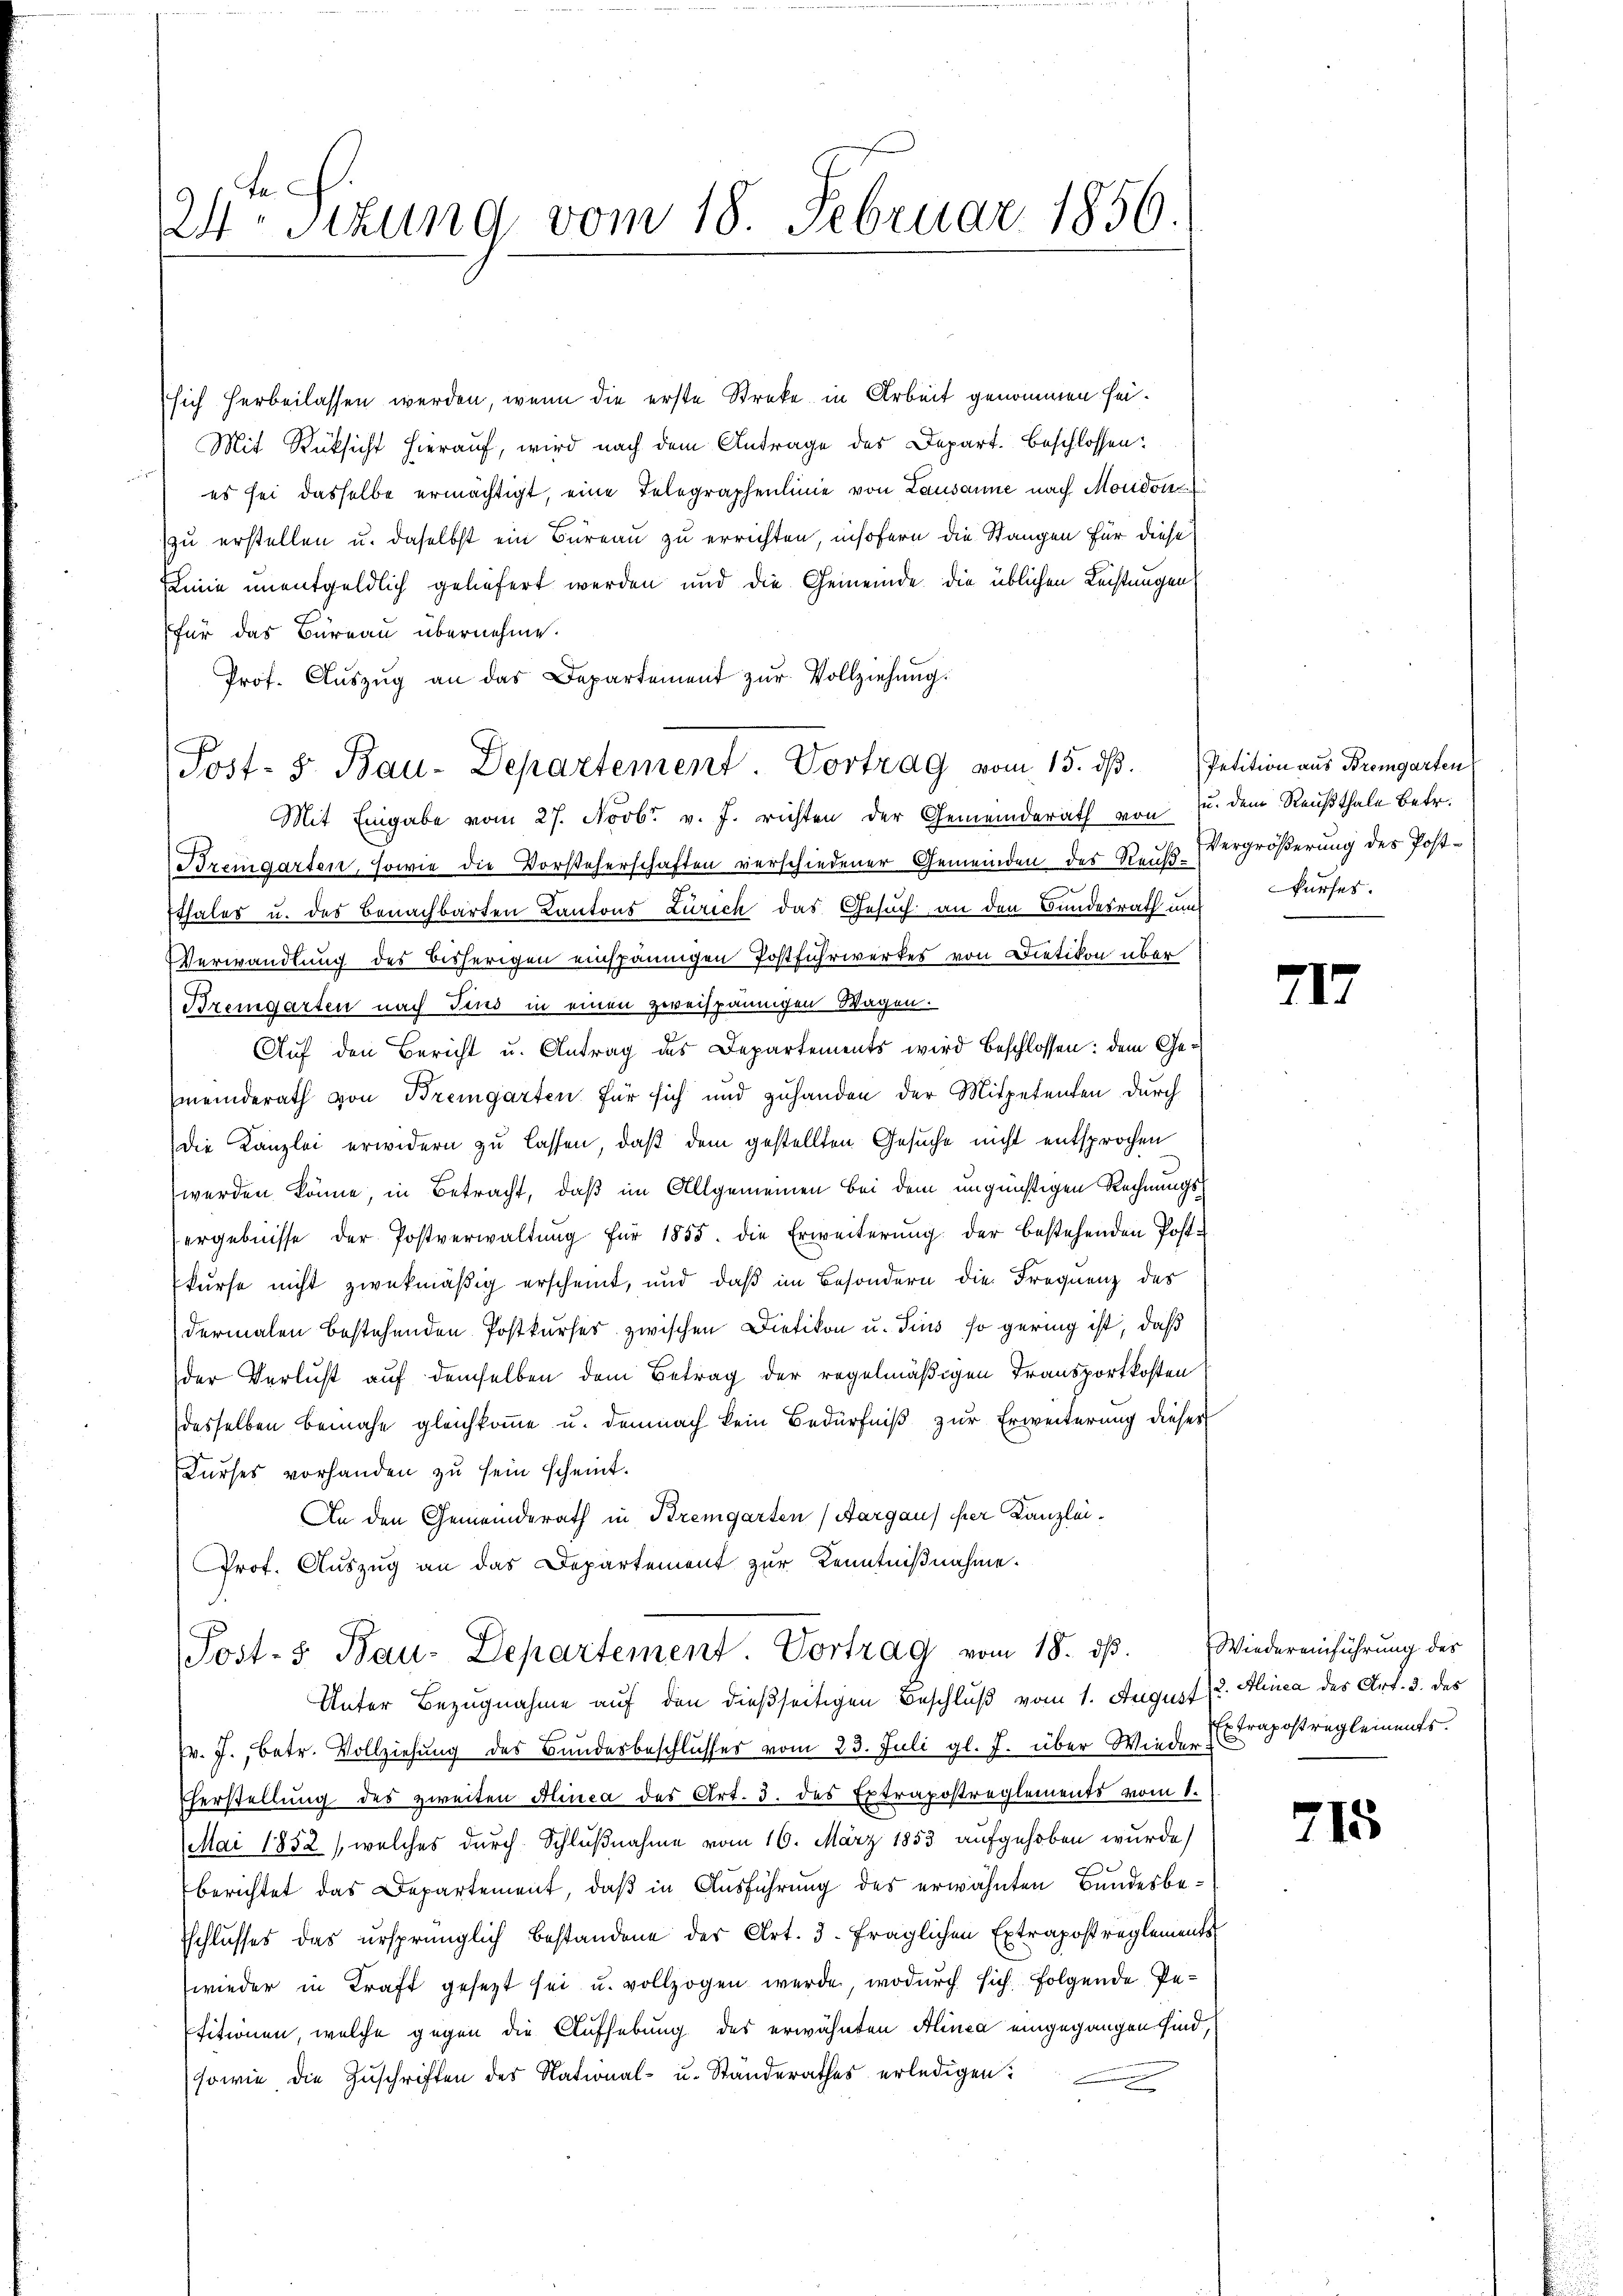
24sizung vom 18. Februar 1856.

Post- 5. Bau-Departement. Vortrag vom 15. ds. Petition aus Bremgarten

sich herbeilassen werden, wenn die erste Streke in Arbeit genommen sei.
Mit Rücksicht hierauf, wird nach dem Antrage des Depart. beschlossen:
es sei dasselbe ermächtigt, eine Telegraphenlinie von Lausanne nach Mondon
zu erstellen u. daselbst ein Bureau zu errichten insofern die Stangen für diese
ELinie unentgeldlich geliefert werden und die Gemeinde die üblichen Rechtungen
für das Büreau übernehme.
Prof. Aŭszŭg an das Departement zŭr Vollziehung.
Mit Eingabe vom 27. Novbr. v. J. richten der Gemeinderath von
Bremgarten, sowie die Vorsteherschaften verschiedener Gemeinden des Reuß-Vergrößerung des Post¬
Ethales u. des Benachbarten Kantons Zürich das Gesuch, an den Bundesrath um
Verwandlung des bisherigen einspännigen Postfuhrwerkes von Dietikon über
Bremgarten nach Fins in einen zweispännigen Wagen.
Auf den Bericht u. Antrag des Departements wird beschlossen: dem Gemeinderath von Bremgarten für sich und zuhanden der Mitpetenten durch
Die Kanzlei erwidern zu lassen, daß dem gestellten Gesuche nicht entsprochen
werden könne, in Betracht, daß im Allgemeinen bei dem ungünstigen Rechnungsergebnisse der Postverwaltŭng für 1855. die Erweiterung der bestehenden Postkurse nicht zwekmäßig erscheint, und daß im Besondern die Frequenz des
dermalen bestehenden Postkurses zwischen Dietikon u. Fins so gering ist, daß
der Verlust auf demselben dem Betrag der regelmäßigen Transportkosten
desselben benahe gleichkomme u. demnach kein Bedürfniß zur Erweiterung dieses
Kurses vorhanden zu sein scheint.
An den Gemeinderath in Bremgarten (Aargau) her Kanzlei.
Prof. Auszug an das Departement zur Kenntnißnahme.
Post-5 Bau-Departement. Vortrag vom 18. dβ.
Unter Bezugnahme auf den dießseitigen Beschluß vom 1. August u. Alinea des Art. 3. des
Pr. J., betr. Vollziehung des Bundesbeschlusses vom 23. Juli gl. J. über Wieder
Eherstellung des zweiten Alinea des Art. 3. des Extrapostreglements vom 1.
Mai 1852 (welches durch Schlußnahme vom 16. März 1853 aufgehoben wurde)
berichtet das Departement, daß in Ausführung des erwähnten Bundesbe¬
Eschlusses das ursprünglich bestandene der Art. 3. fraglichen Extrapostreglements
wieder in Kraft gesetzt sei u. vollzogen werde, wodurch sich folgende Pe¬
Etitionen, welche gegen die Aufhebung des erwähnten Alinea eingegangen sind,
sowie die Zuschriften des National- u. Ständerathes erledigen?

u. dem Reußthale Betr.
kurses.

717

Wiedereinführung des
Trapostreglements.
f

715.